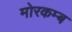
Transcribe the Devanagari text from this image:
मोरकम्ब